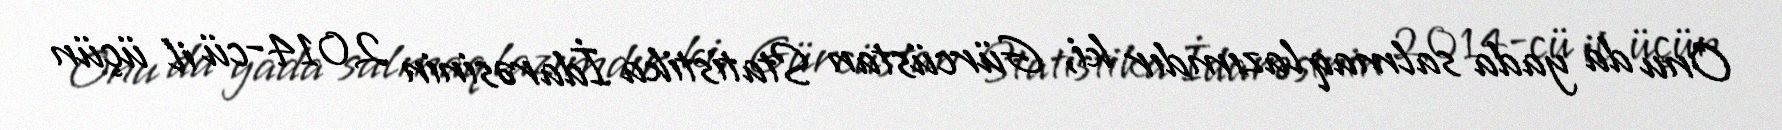
Onu da yada salmaq lazımdır ki, Gürcüstan Statistika İdarəsinin 2014-cü il üçün